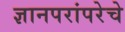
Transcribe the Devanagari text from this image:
ज्ञानपरांपरेचे